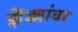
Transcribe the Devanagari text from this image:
झेंड्यांवर